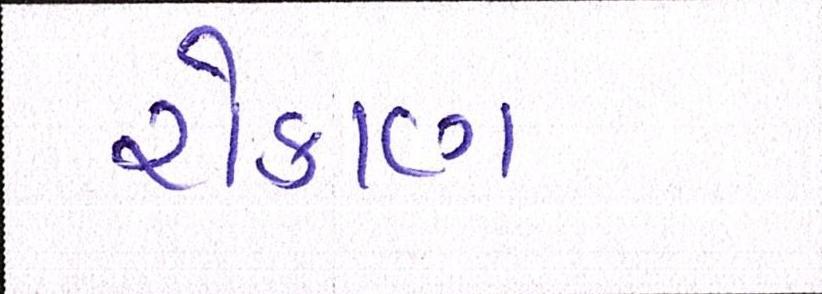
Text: રોકાણ